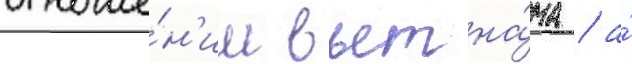
отноше́н'ии вьетна́ма / а́